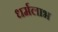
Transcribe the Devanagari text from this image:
धर्मलाभ